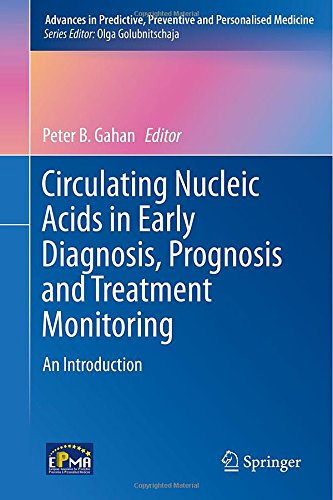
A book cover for Circulating Nucleic Acids in Early Diagnosis, Prognosis and Treatment Monitoring: An Introduction (Advances in Predictive, Preventive and Personalised Medicine); Science & Math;